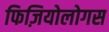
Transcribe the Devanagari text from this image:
फिज़ियोलोगस